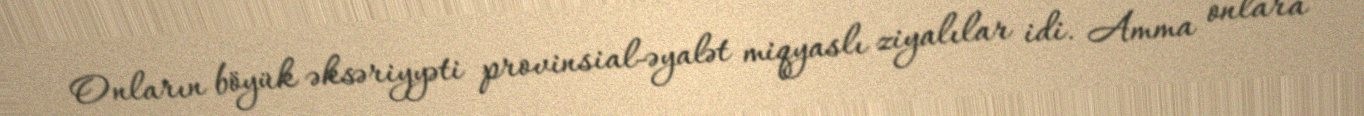
Onların böyük əksəriyyəti provinsial-əyalət miqyaslı ziyalılar idi. Amma onlara